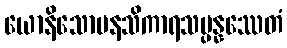
ယောနိသောမနသိကာရသမ္ပန္နဿေတံ